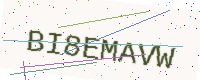
Text: BI8EMAVW